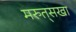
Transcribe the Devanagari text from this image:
मरुत्‌सखा